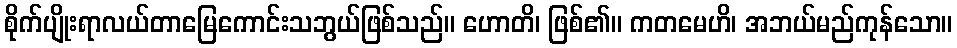
စိုက်ပျိုးရာလယ်တာမြေကောင်းသဘွယ်ဖြစ်သည်။ ဟောတိ၊ ဖြစ်၏။ ကတမေဟိ၊ အဘယ်မည်ကုန်သော။